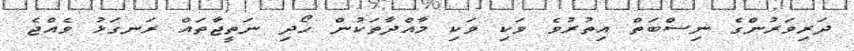
ދަރިވަރުންގެ ނިސްބަތް އިތުރުވެ ވަކި ވަކި މާއްދާތަކުން ހޯދި ނަތީޖާތައް ރަނގަޅު ވެއްޖެ